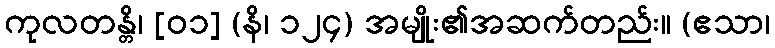
ကုလတန္တိ၊ [၀၁] (နိ၊ ၁၂၄) အမျိုး၏အဆက်တည်း။ (ဧသာ၊